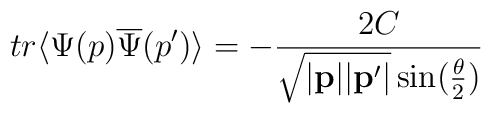
tr\langle\Psi(p)\overline{\Psi}(p^{\prime})\rangle=-\frac{2C}{\sqrt{|{\bf p}||{\bf p}^{\prime}|}\sin(\frac{\theta}{2})}